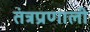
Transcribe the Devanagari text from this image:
तंत्रप्रणाली